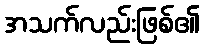
အသက်လည်းဖြစ်၏